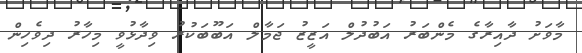
މާވަށު ދާއިރާގެ މެންބަރު އަބުދުލް އަޒީޒު ޖަމާލް އަބޫބަކުރު ވިދާޅުވީ މިހާރު ދިވެހިން